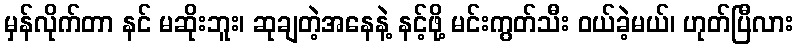
မှန်လိုက်တာ နင် မဆိုးဘူး၊ ဆုချတဲ့အနေနဲ့ နင့်ဖို့ မင်းကွတ်သီး ဝယ်ခဲ့မယ်၊ ဟုတ်ပြီလား